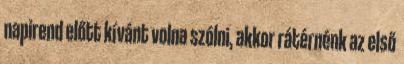
napirend előtt kívánt volna szólni, akkor rátérnénk az első